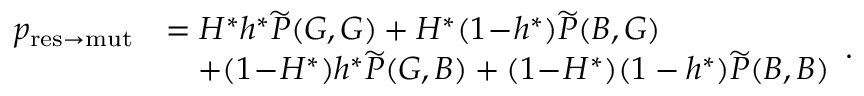
\begin{array} { r l } { p _ { \mathrm { r e s \to m u t } } } & { = H ^ { \ast } h ^ { \ast } \widetilde { P } ( G , G ) + H ^ { \ast } ( 1 \! - \! h ^ { \ast } ) \widetilde { P } ( B , G ) } \\ & { \quad + ( 1 \! - \! H ^ { \ast } ) h ^ { \ast } \widetilde { P } ( G , B ) + ( 1 \! - \! H ^ { \ast } ) ( 1 - h ^ { \ast } ) \widetilde { P } ( B , B ) } \end{array} .